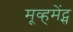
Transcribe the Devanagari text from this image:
मूव्हमेंट्स